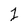
Character: 1